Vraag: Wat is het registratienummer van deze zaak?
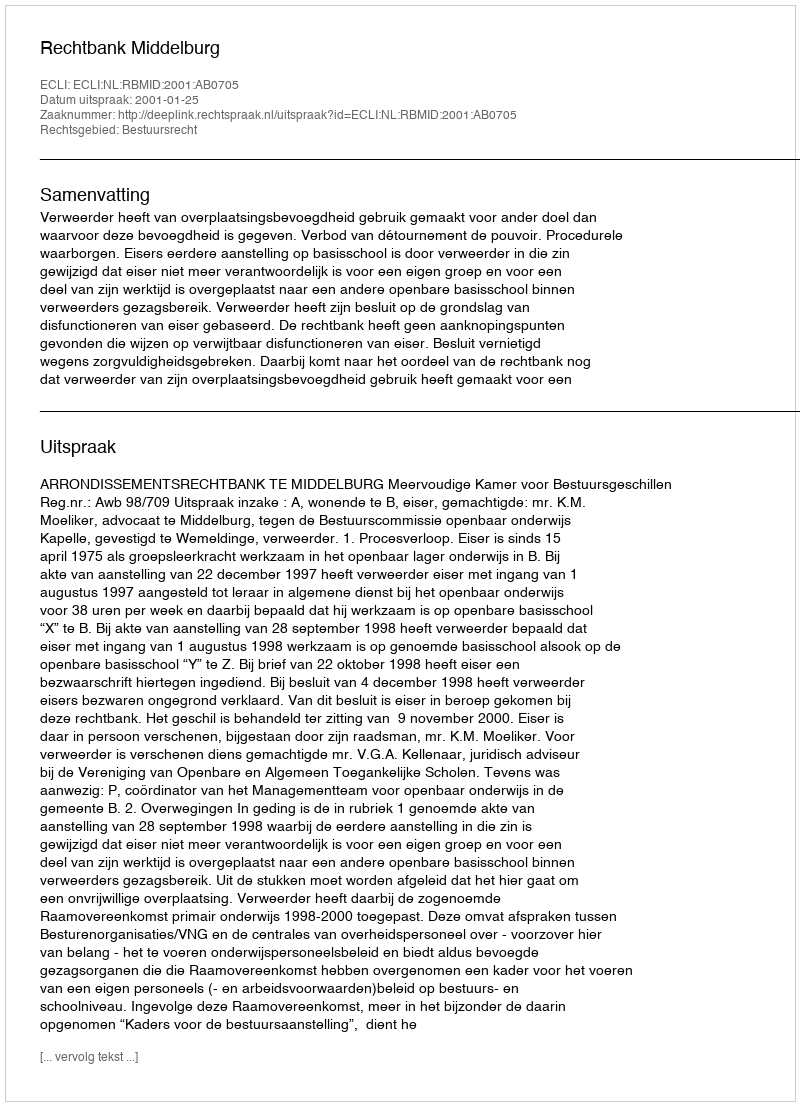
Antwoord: http://deeplink.rechtspraak.nl/uitspraak?id=ECLI:NL:RBMID:2001:AB0705